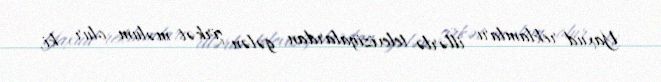
Yaxud reklamları illərlə televiziyalardan gələn şirkət məlum olur ki,